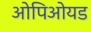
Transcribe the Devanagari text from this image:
ओपिओयड